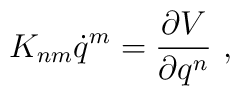
K_{nm}\dot{q}^m=\frac{\partial V}{\partial q^n}\ ,